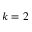
k = 2